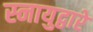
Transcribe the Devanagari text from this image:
स्नायुद्वारे